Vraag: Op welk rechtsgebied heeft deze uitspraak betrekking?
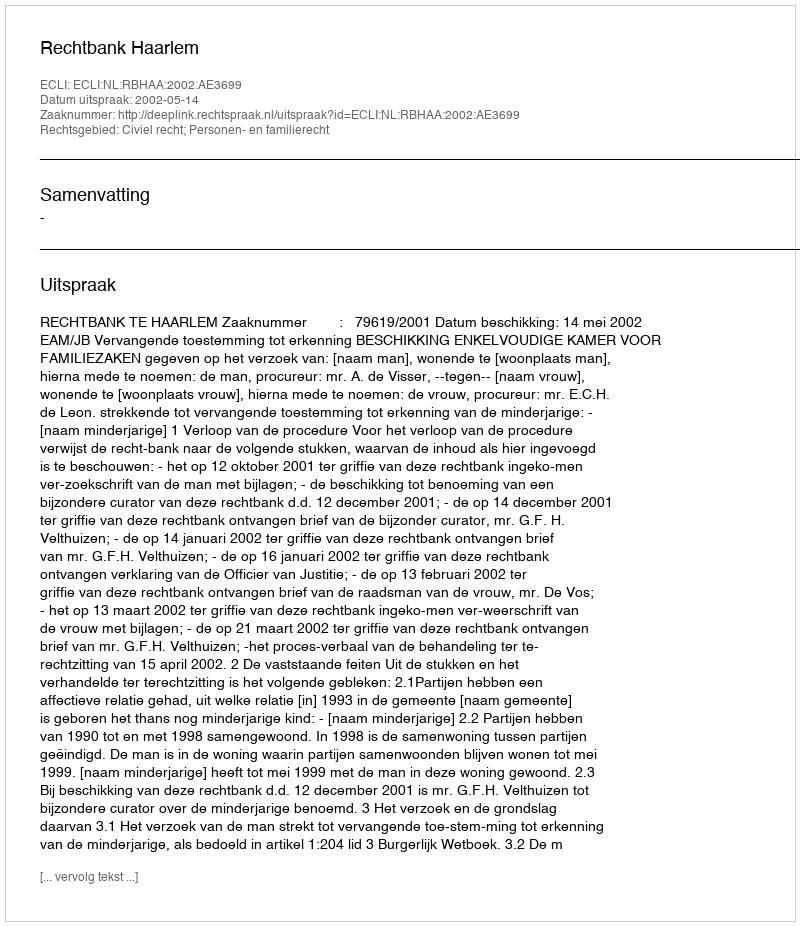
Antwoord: Civiel recht; Personen- en familierecht